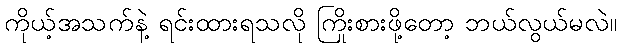
ကိုယ့်အသက်နဲ့ ရင်းထားရသလို ကြိုးစားဖို့တော့ ဘယ်လွယ်မလဲ။